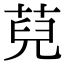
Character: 萖